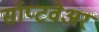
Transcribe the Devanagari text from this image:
सॉप्टवेअर